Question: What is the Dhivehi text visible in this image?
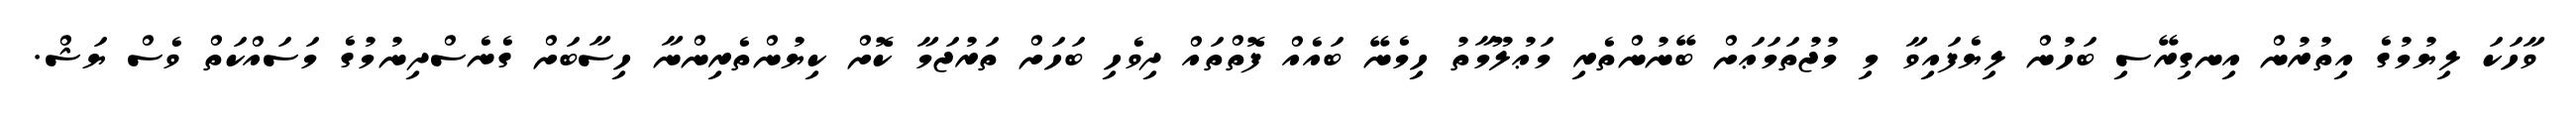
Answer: ވާހަކަ ލިޔުމުގެ އިތުރުން އިނގިރޭސި ބަހުން ލިޔެފައިވާ މި މުޖުތަމަޢަށް ބޭނުންތެރި މަޢުލޫމާތު ހިމެނޭ ބައެއް ފޮތްތައް ދިވެހި ބަހަށް ތަރުޖަމާ ކޮށް ކިޔުންތެރިންނާ ހިސާބަށް ގެނެސްދިނުމުގެ މަސައްކަތް ވެސް ޔަޝް.